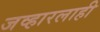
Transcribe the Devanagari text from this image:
जव्हारलाही